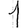
Digit: 1